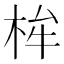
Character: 桙